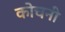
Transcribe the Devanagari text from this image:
कोचनी